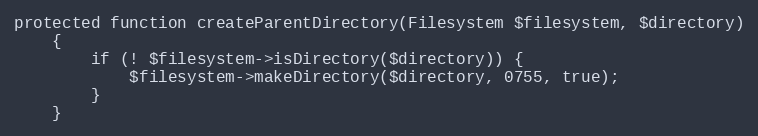
Language: PHP
protected function createParentDirectory(Filesystem $filesystem, $directory)
    {
        if (! $filesystem->isDirectory($directory)) {
            $filesystem->makeDirectory($directory, 0755, true);
        }
    }